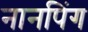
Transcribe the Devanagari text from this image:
नानपिंग